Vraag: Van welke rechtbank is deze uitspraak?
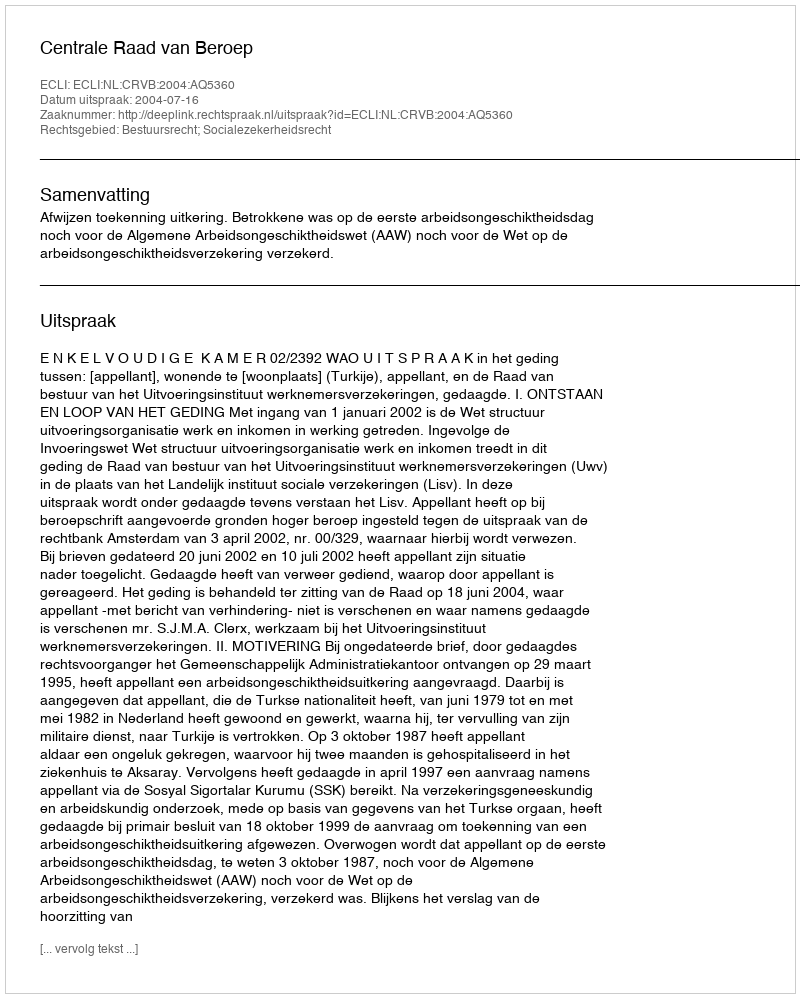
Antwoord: Centrale Raad van Beroep